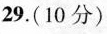
29. (10分)